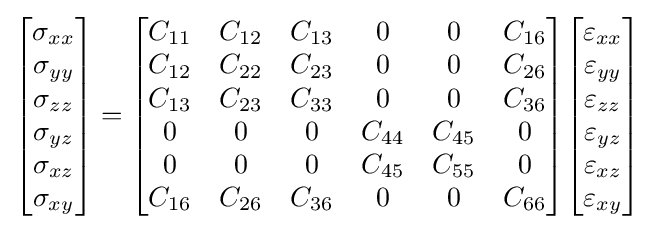
{\begin{bmatrix}\sigma _{xx}\\\sigma _{yy}\\\sigma _{zz}\\\sigma _{yz}\\\sigma _{xz}\\\sigma _{xy}\end{bmatrix}}={\begin{bmatrix}C_{11}&C_{12}&C_{13}&0&0&C_{16}\\C_{12}&C_{22}&C_{23}&0&0&C_{26}\\C_{13}&C_{23}&C_{33}&0&0&C_{36}\\0&0&0&C_{44}&C_{45}&0\\0&0&0&C_{45}&C_{55}&0\\C_{16}&C_{26}&C_{36}&0&0&C_{66}\end{bmatrix}}{\begin{bmatrix}\varepsilon _{xx}\\\varepsilon _{yy}\\\varepsilon _{zz}\\\varepsilon _{yz}\\\varepsilon _{xz}\\\varepsilon _{xy}\end{bmatrix}}